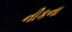
નીકના